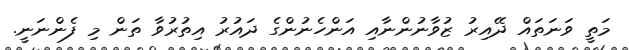
މަތީ ވަނަތައް ދޭއިރު ޒުވާނުންނާއި އަންހެނުންގެ ދައުރު އިތުރުވާ ތަން މި ފެންނަނީ.